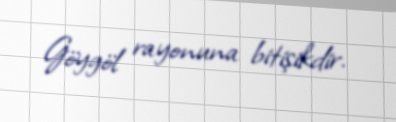
Göygöl rayonuna bitişikdir.